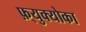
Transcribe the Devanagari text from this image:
फ़्युक्योका